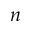
n